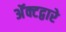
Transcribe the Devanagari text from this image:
अॅक्टद्वारे